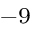
^ { - 9 }